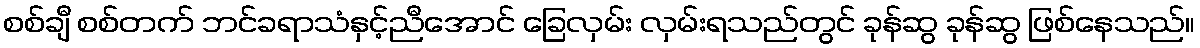
စစ်ချီ စစ်တက် ဘင်ခရာသံနှင့်ညီအောင် ခြေလှမ်း လှမ်းရသည်တွင် ခုန်ဆွ ခုန်ဆွ ဖြစ်နေသည်။